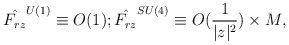
\begin{align*}\hat{F_{rz}}^{U(1)}\equiv O(1);\hat{F_{rz}}^{SU(4)}\equiv O({1\over|z|^2})\times M,\end{align*}